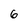
Character: 6